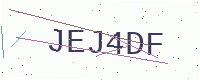
Text: JEJ4DF